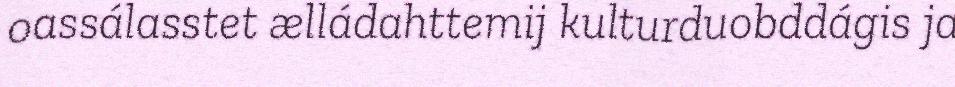
oassálasstet ælládahttemij kulturduobddágis ja